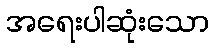
အရေးပါဆုံးသော